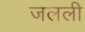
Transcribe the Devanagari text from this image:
जलली